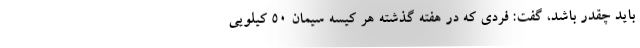
باید چقدر باشد، گفت: فردی که در هفته گذشته هر کیسه سیمان ۵۰ کیلویی